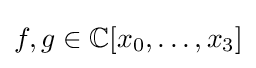
f,g\in \mathbb {C} [x_{0},\ldots ,x_{3}]